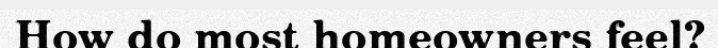
How do most homeowners feel?